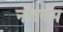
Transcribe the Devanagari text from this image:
नत्तनम